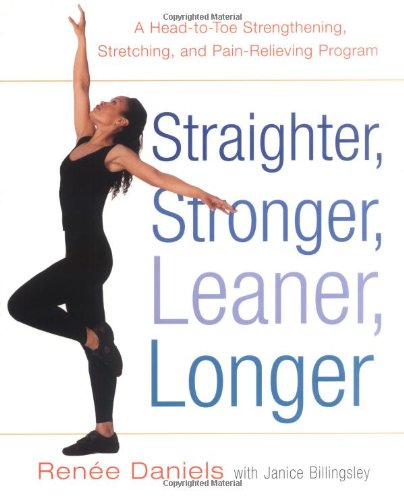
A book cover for Straighter, Stronger, Leaner, Longer: A Head-to-Toe Strengthening, Stretching, and Pain-RelievingProgram; Renee Daniels; Health, Fitness & Dieting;